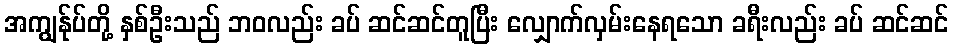
အကျွန်ုပ်တို့ နှစ်ဦးသည် ဘဝလည်း ခပ် ဆင်ဆင်တူပြီး လျှောက်လှမ်းနေရသော ခရီးလည်း ခပ် ဆင်ဆင်